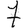
Digit: 7